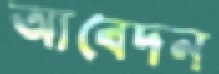
আবেদন